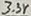
Text: 3.3V